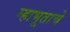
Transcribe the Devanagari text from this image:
म्हाभूताचे